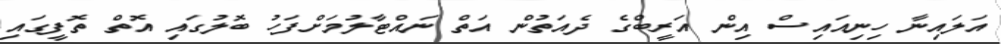
އަލައިނާ ހިނިއައިސް އިން އަރީބްގެ ދެއަތުން އަތް ނައްޓާލުމަށްފަހު ބޮލުގައި އޮތް ތޮފީގައި